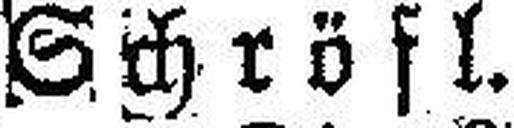
Schröfl.